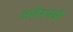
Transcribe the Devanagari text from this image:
आदेश्पत्रों